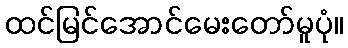
ထင်မြင်အောင်မေးတော်မူပုံ။